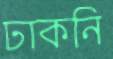
ঢাকনি